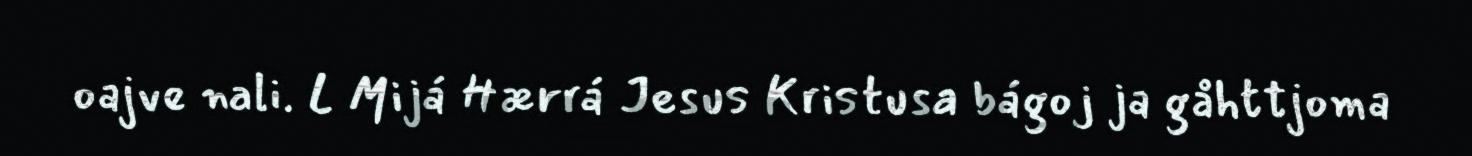
oajve nali. L Mijá Hærrá Jesus Kristusa bágoj ja gåhttjoma